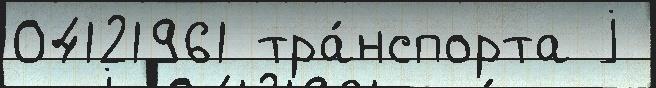
04121961 тра́нспорта j